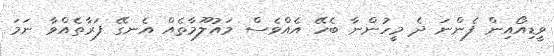
ވީޑިއޯއިން ފެންނަ ދެ މީހުންނާ ބެހޭ އެއްވެސް މައުލޫމާތެއް އެނގޭ ފަރާތެއްވާ ނަމަ